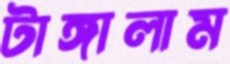
টাঙ্গালাম